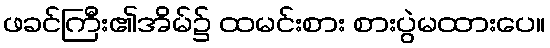
ဖခင်ကြီး၏အိမ်၌ ထမင်းစား စားပွဲမထားပေ။